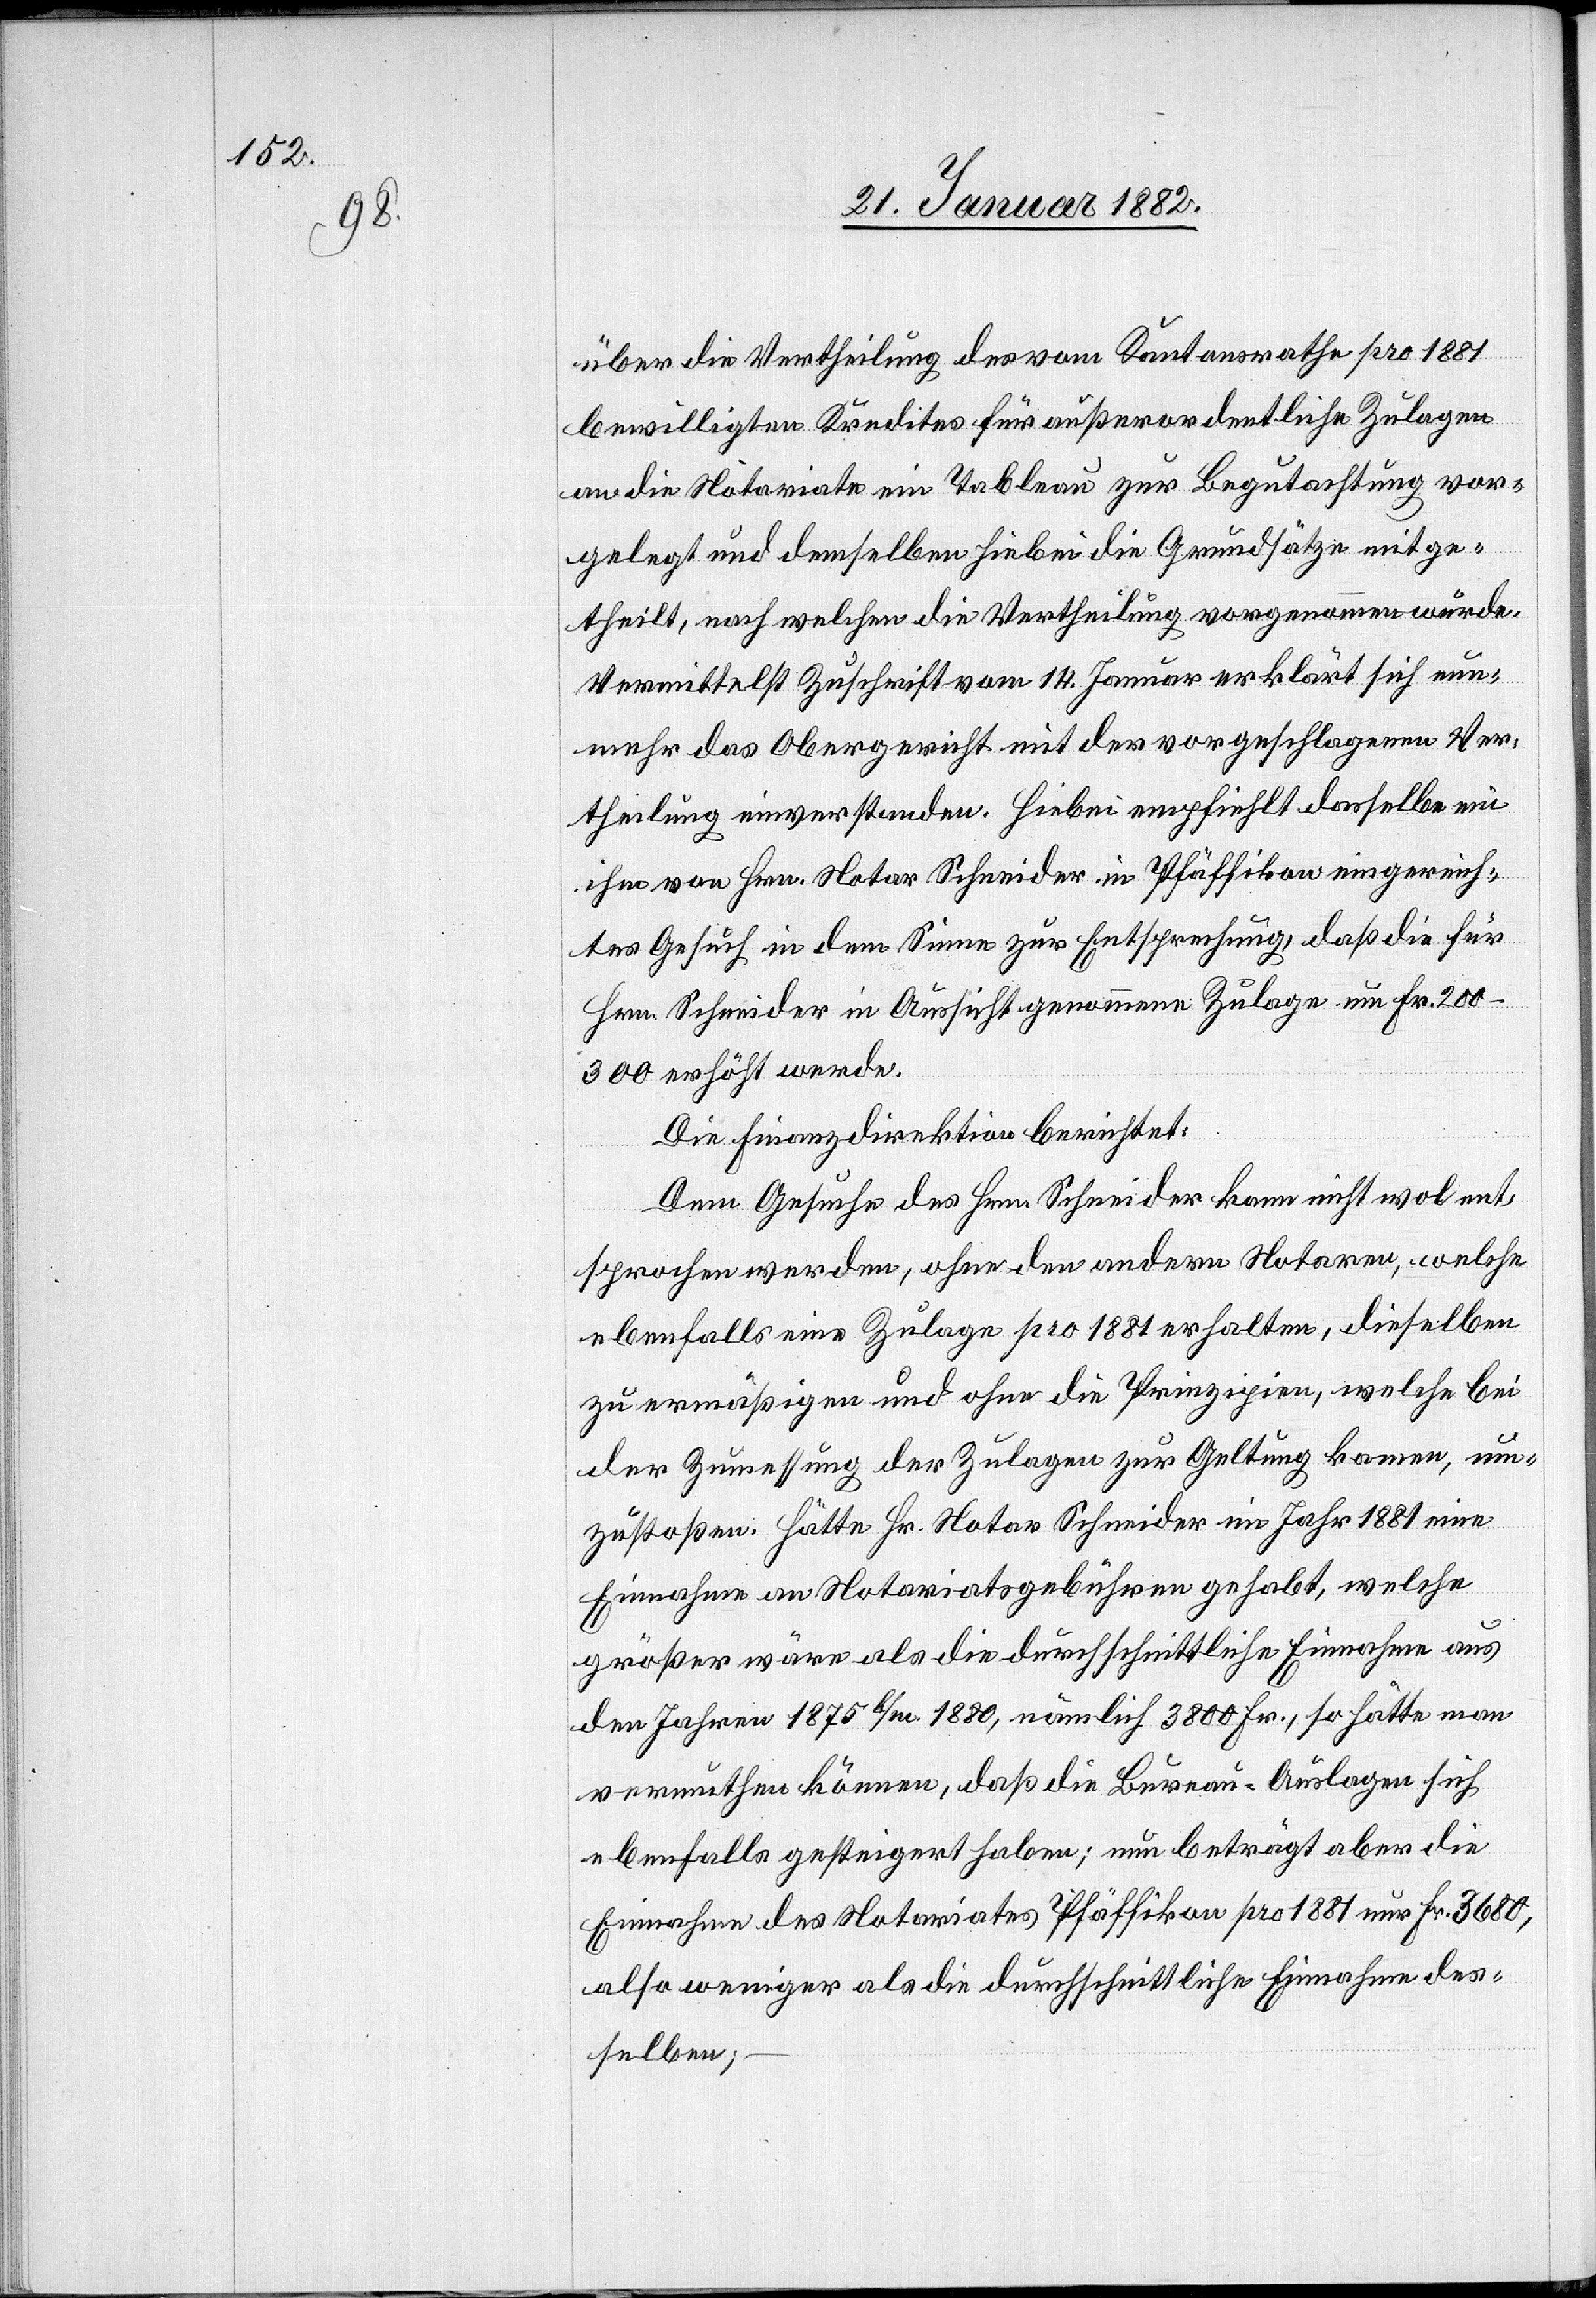
über die Vertheilung des vom Kantonsrathe pro 1881
bewilligten Kredites für außerordentliche Zulagen
an die Notariate ein Tableau zur Begutachtung vor¬
gelegt und demselben hiebei die Grundsätze mitge¬
theilt, nach welchen die Vertheilung vorgenommen würde.
Vermittelst Zuschrift vom 14. Januar erklärt sich nun¬
mehr das Obergericht mit der vorgeschlagenen Ver¬
theilung einverstanden. Hiebei empfiehlt dasselbe ein
ihm von Hrn. Notar Schneider in Pfäffikon eingereich¬
tes Gesuch in dem Sinne zu Entsprechung, daß die für
Hrn. Schneider in Aussicht genommene Zulage um Fr.
200–300 erhöht werde.
Die Finanzdirektion berichtet:
Dem Gesuche des Hrn. Schneider kann nicht wol ent¬
sprochen werden, ohne den andern Notaren, welche
ebenfalls eine Zulage pro 1881 erhalten, dieselben
zu ermäßigen und ohne die Prinzipien, welche bei
der Zumessung der Zulagen zur Geltung kommen, um¬
zustoßen. Hätte Hr. Notar Schneider im Jahr 1881 eine
Einnahme an Notariatsgebühren gehabt, welche
größer wäre als die durchschnittliche Einnahme aus
den Jahren 1875 b/m. 1880, nämlich 3800 Fr., so hätte man
vermuthen können, daß die Bureau-Auslagen sich
ebenfalls gesteigert haben; nun beträgt aber die
Einnahme des Notariats Pfäffikon pro 1881 nur Fr. 3690,
also weniger als die durchschnittliche Einnahme des¬
selben;